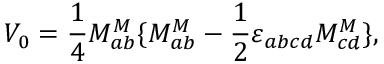
V _ { 0 } = \frac 1 4 M _ { a b } ^ { M } \{ M _ { a b } ^ { M } - \frac 1 2 \varepsilon _ { a b c d } M _ { c d } ^ { M } \} ,